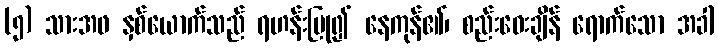
(၅) သားအဖ နှစ်ယောက်သည် ရဟန်းပြု၍ နေကုန်၏၊ စည်းဝေးချိန် ရောက်သော အခါ